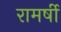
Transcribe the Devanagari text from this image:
रामर्षी